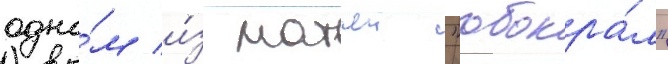
одно́м и́з матчеи "обокра́л"